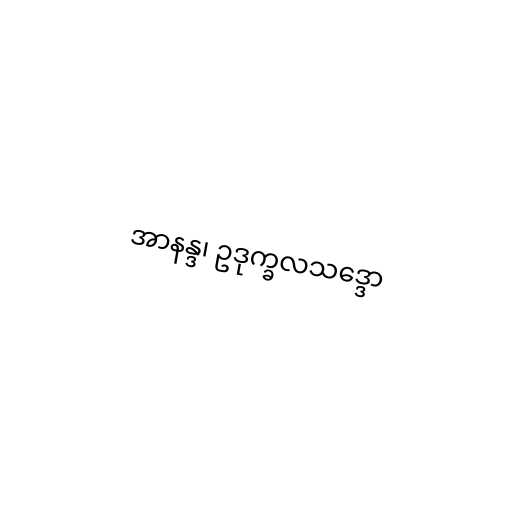
အာနန္ဒ၊ ဥဒုက္ခလသဒ္ဒော